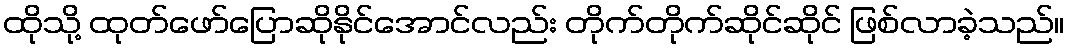
ထိုသို့ ထုတ်ဖော်ပြောဆိုနိုင်အောင်လည်း တိုက်တိုက်ဆိုင်ဆိုင် ဖြစ်လာခဲ့သည်။